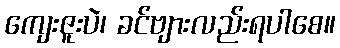
ကျေးဇူးပဲ၊ ခင်ဗျားလည်းရပါစေ။